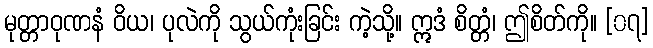
မုတ္တာဝုဏနံ ဝိယ၊ ပုလဲကို သွယ်ကုံးခြင်း ကဲ့သို့။ ဣဒံ စိတ္တံ၊ ဤစိတ်ကို။ [၀၇]